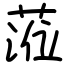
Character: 蒞